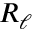
R _ { \ell }